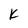
Character: K